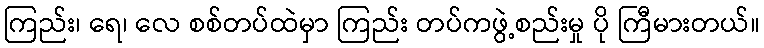
ကြည်း၊ ရေ၊ လေ စစ်တပ်ထဲမှာ ကြည်း တပ်ကဖွဲ့စည်းမှု ပို ကြီမားတယ်။